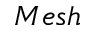
M e s h